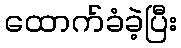
ထောက်ခံခဲ့ပြီး